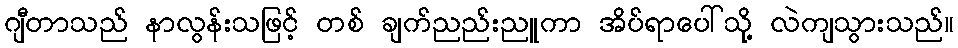
ဂျီတာသည် နာလွန်းသဖြင့် တစ် ချက်ညည်းညူကာ အိပ်ရာပေါ်သို့ လဲကျသွားသည်။